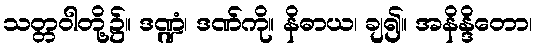
သတ္တဝါတို့၌။ ဒဏ္ဍံ၊ ဒဏ်ကို။ နိဓာယ၊ ချ၍။ အနိန္ဒိတော၊